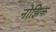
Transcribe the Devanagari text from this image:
नोझिक